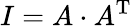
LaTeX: I=A\cdot A^{\mathrm{T}}